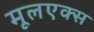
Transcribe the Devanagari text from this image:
मूलएक्स